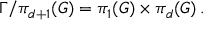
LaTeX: \Gamma / \pi _ { d + 1 } ( G ) = \pi _ { 1 } ( G ) \times \pi _ { d } ( G ) \, .